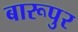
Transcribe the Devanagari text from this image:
बारूपुर